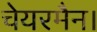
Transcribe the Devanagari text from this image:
चेयरमैन।